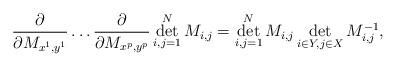
LaTeX: \begin{align*}\frac{ \partial}{\partial M_{x^1,y^1} } \ldots \frac{ \partial}{\partial M_{x^p,y^p} } \det \limits_{i,j = 1}^N M_{i,j} = \det \limits_{i,j = 1}^N M_{i,j} \det_{i \in Y, j \in X} M^{-1}_{i,j}, \end{align*}